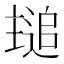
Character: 𬻾